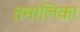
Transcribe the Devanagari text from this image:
तमालिका